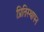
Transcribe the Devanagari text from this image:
प्रितिस्थापन